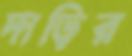
দাড়ির